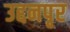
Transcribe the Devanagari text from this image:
उद्दनपृर